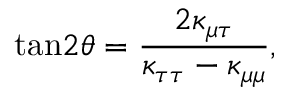
\mathrm { t a n } 2 \theta = { \frac { 2 \kappa _ { \mu \tau } } { \kappa _ { \tau \tau } - \kappa _ { \mu \mu } } } ,